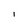
Character: l